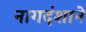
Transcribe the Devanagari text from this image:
नागदंशाने